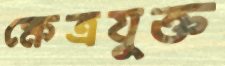
ক্ষেত্রযুক্ত